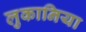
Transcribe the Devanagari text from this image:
लुकानिया